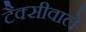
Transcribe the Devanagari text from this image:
टैक्सीवाले